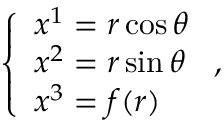
\left\{ \begin{array} { l } { x ^ { 1 } = r \cos { \theta } } \\ { x ^ { 2 } = r \sin { \theta } } \\ { x ^ { 3 } = f ( r ) } \end{array} \right. ,